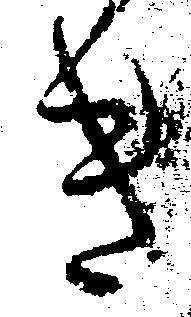
き